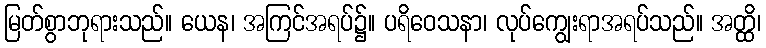
မြတ်စွာဘုရားသည်။ ယေန၊ အကြင်အရပ်၌။ ပရိဝေသနာ၊ လုပ်ကျွေးရာအရပ်သည်။ အတ္ထိ၊